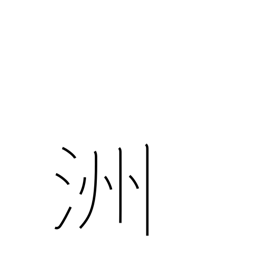
Meaning: island